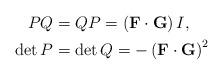
LaTeX: \begin{align*}PQ & =QP=\left( \mathbf{F}\cdot\mathbf{G}\right) I,\\\det P & =\det Q=-\left( \mathbf{F}\cdot\mathbf{G}\right) ^{2} \end{align*}